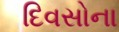
દિવસોના